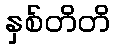
နှစ်တိတိ